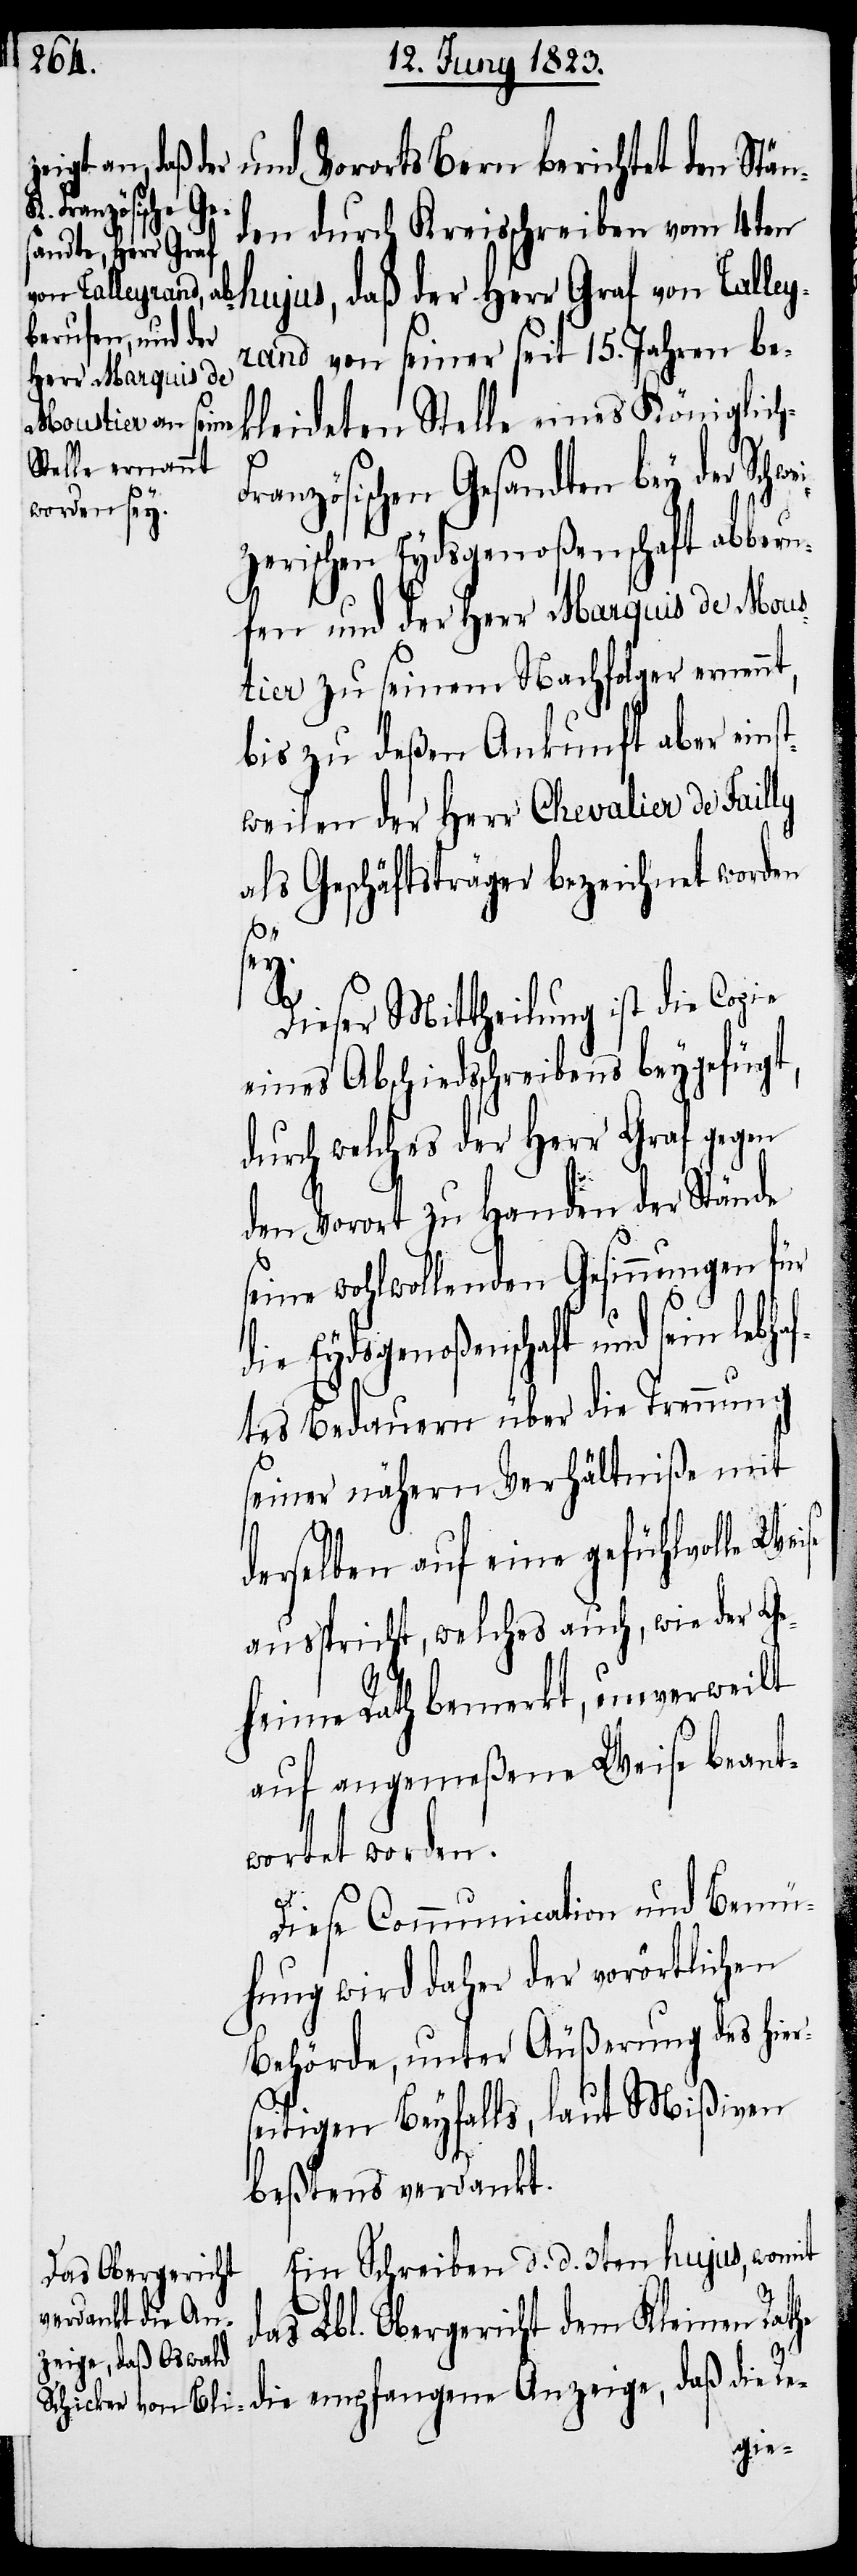
h-F¬
und Vororts Bern berichtet den Stän¬
den durch Kreisschreiben vom 4ten
hujus, daß der Herr Graf von Talley¬
rand von seiner seit 15. Jahren be¬
kleideten Stelle eines Königlic¬
ranzösischen Gesandten bey der Sch¬
izerischen Eydsgenoßenschaft abberu¬
fen und der Herr Marquis de Mous¬
tier zu seinem Nachfolger ernennt,
bis zu deßen Ankunft aber eins¬
tweilen der Herr Chevalier de Failly
als Geschäftsträger bezeichnet worden
An¬
y.
Dieser Mittheilung ist die Copie
eines Abschiedsschreibens beygefügt,
durch welches der Herr Graf gegen
den Vorort zu Handen der Stände
seine wohlwollenden Gesinnungen für
die Eydsgenoßenschaft und sein lebh¬
aftes Bedauern über die Trennung
seiner nähern Verhältniße mit
derselben auf eine gefühlvolle Wei¬
ausspricht, welches auch, wie der Ge¬
heime Rath bemerkt, unverweilt
auf angemeßene Weise beant¬
wortet worden.
Diese Communication und Bemü¬
hung wird daher der vorörtlichen
Behörde, unter Äußerung des hier¬
seitigen Beyfalls, laut Mißiven
beßtens verdankt.
Ein Schreiben d. d. 3ten hujus, womit
das Lbl. Obergericht dem Kleinen Rathe
zeige, daß die